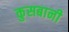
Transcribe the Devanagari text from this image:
कुसबानी